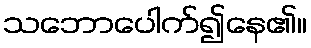
သဘောပေါက်၍နေ၏။